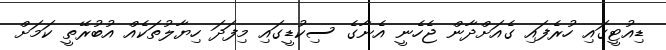
ޑިއުޓީގައި ހުރެފައި ގެއަށްދާން ޖެހެނީ އެނާގެ ސިކުޑީގައި މިފަދަ ހިޔާލުތަކެއް އުބުރޭތީ ކަމަށް